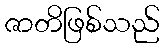
ဇာတိဖြစ်သည်